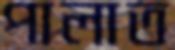
পালাত